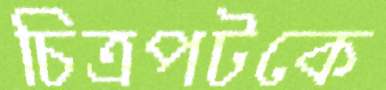
চিত্রপটকে